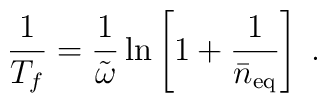
\frac{1}{T_f}=\frac{1}{\tilde{\omega}}\ln\left[1+\frac{1}{\bar{n}_{\rm eq}}\right]\;.